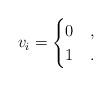
LaTeX: \begin{align*}v_i = \begin{cases}0 & , \\1 & .\end{cases}\end{align*}